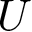
U